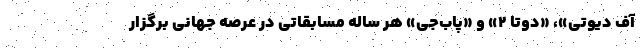
آف دیوتی»، «دوتا ۲» و «پاب‌جی» هر ساله مسابقاتی در عرصه جهانی برگزار